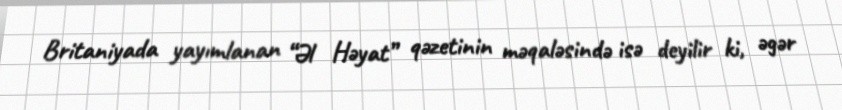
Britaniyada yayımlanan “Əl Həyat” qəzetinin məqaləsində isə deyilir ki, əgər